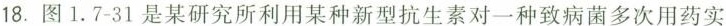
18.图1.7-31是某研究所利用某种新型抗生素对一种致病菌多次用药实